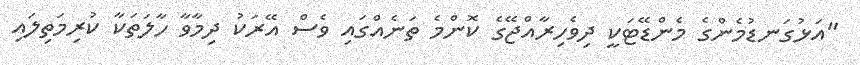
"އަޅުގަނޑުމެންގެ މެންޑޭޓަކީ ދިވެހިރާއްޖޭގެ ކޮންމެ ތަނެއްގައި ވެސް އޭރަކު ދިމާވާ ހާލަތަކާ ކުރިމަތިލައި